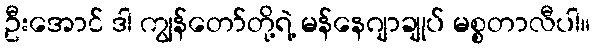
ဦးအောင် ဒါ ကျွန်တော်တို့ရဲ့ မန်နေဂျာချုပ် မစ္စတာလီပါ။